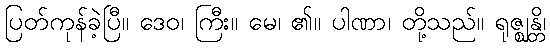
ပြတ်ကုန်ခဲ့ပြီ။ ဒေဝ၊ ကြီး။ မေ၊ ၏။ ပါဏာ၊ တို့သည်။ ရုဇ္ဈန္တိ၊